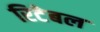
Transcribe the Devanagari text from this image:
रिटेबल